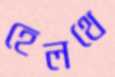
হেলথে